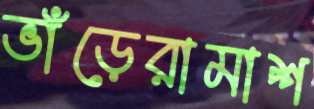
ভাঁড়েরামাশ